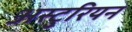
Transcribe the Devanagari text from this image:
अस्टुरियन